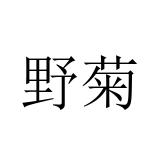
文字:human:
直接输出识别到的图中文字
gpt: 野菊